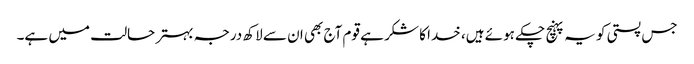
جس پستی کو یہ پہنچ چکے ہوئے ہیں، خدا کا شکر ہے قوم آج بھی ان سے لاکھ درجہ بہتر حالت میں ہے۔